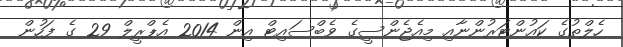
ހެލްތުގެ ކައުންޓަރުންނާއި މިއެޖެންސީގެ ވެބްސައިޓް އިން 2014 އެޕްރީލް 29 ގެ ފަހުން